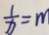
\frac { 1 } { x } = m